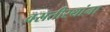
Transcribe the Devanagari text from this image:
वसतीस्थांना